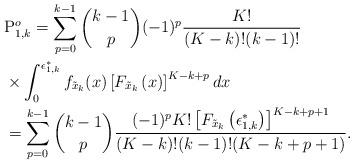
LaTeX: \begin{align*}&\mathrm{P}^o_{1,k} = \sum^{k-1}_{p=0}{k-1 \choose p} (-1)^p \frac{K!}{(K-k)!(k-1)!}\\ &\times \int^{\epsilon_{1,k}^* }_{0} f_{\tilde{x}_k}(x)\left[F_{\tilde{x}_k}\left(x\right) \right]^{K-k+p} dx \\ &= \sum^{k-1}_{p=0}{k-1 \choose p} \frac{(-1)^p K!\left[F_{\tilde{x}_k}\left(\epsilon_{1,k}^*\right) \right]^{K-k+p+1} }{(K-k)!(k-1)!(K-k+p+1)} .\end{align*}